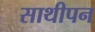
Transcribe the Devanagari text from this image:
साथीपन